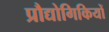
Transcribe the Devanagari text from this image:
प्रौद्योगिकियों